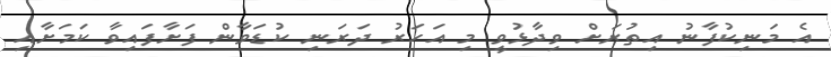
އެ މަނިކުފާނު އިތުރަށް ވިދާޅުވީ މި އަހަރު ދަރަނި ކުޑަވާން ފަށާފައިވާ ކަމަށާއި